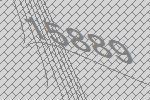
15889